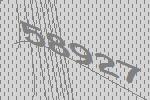
58927